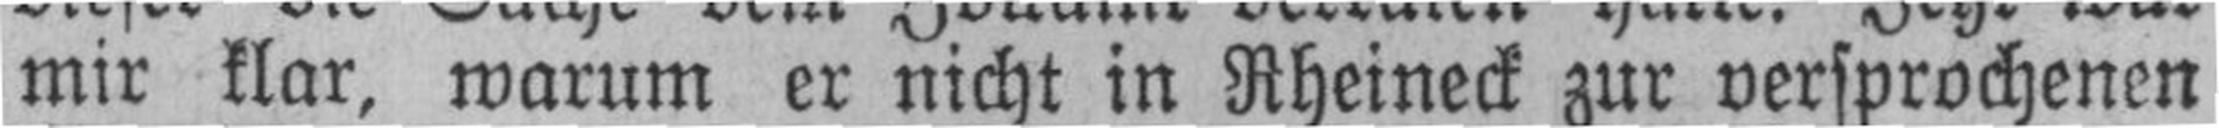
mir klar, warum er nicht in Rheineck zur versprochenen